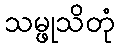
သမ္ဖုသိတုံ